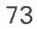
73